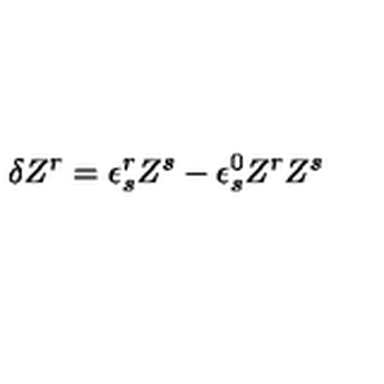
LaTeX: \delta Z ^ { r } = \epsilon _ { s } ^ { r } Z ^ { s } - \epsilon _ { s } ^ { 0 } Z ^ { r } Z ^ { s }